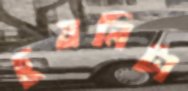
চুষনিটা